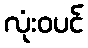
လုံးဝပင်